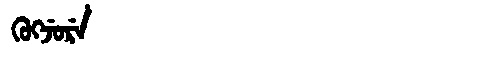
Manchu: ᡴᡠᡴᠵᡠᡵᡝ
Romanization: KUKJURE